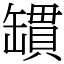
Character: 罆